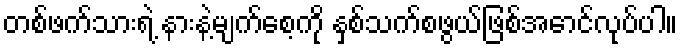
တစ်ဖက်သားရဲ့ နားနဲ့မျက်စေ့ကို နှစ်သက်စဖွယ်ဖြစ်အောင်လုပ်ပါ။